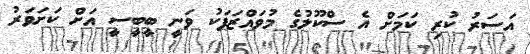
އަސަރު ކުރި ކަމަށް އެ ސްކޫލުގެ މުވައްޒަފަކު ވަނީ ބީބީސީ އަށް ކަށަވަރު